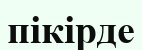
пікірде